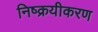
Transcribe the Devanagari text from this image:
निष्क्रयीकरण